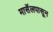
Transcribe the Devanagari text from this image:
मार्सेलपासून